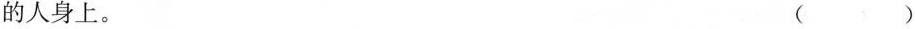
的人身上。()